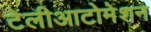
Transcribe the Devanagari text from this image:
टेलीआटोमेशन